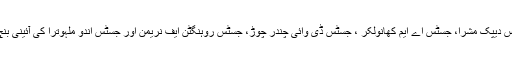
چیف جسٹس دیپک مشرا، جسٹس اے ایم کھانولکر ، جسٹس ڈی وائی چندر چوڑ، جسٹس روہنگٹن ایف نریمن اور جسٹس اندو ملہوترا کی آئینی بنچ نے چار۔